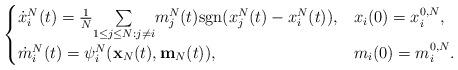
LaTeX: \begin{align*}\begin{cases}\dot{x}_{i}^{N}(t)=\frac{1}{N}\underset{1\leq j\leq N:j\neq i}{\sum}m_{j}^{N}(t)\mathrm{sgn}(x_{j}^{N}(t)-x_{i}^{N}(t)), & x_{i}(0)=x_{i}^{0,N}, \\\dot{m}_{i}^{N}(t) = \psi_{i}^{N}(\mathbf{x}_{N}(t),\mathbf{m}_{N}(t)), & m_{i}(0)=m_{i}^{0,N}.\end{cases}\end{align*}